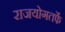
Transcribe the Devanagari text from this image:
राजयोगतर्फे